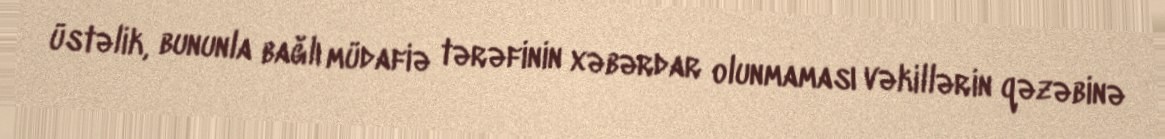
üstəlik, bununla bağlı müdafiə tərəfinin xəbərdar olunmaması vəkillərin qəzəbinə